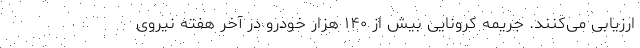
ارزیابی می‌کنند. جریمه کرونایی بیش از ۱۴۰ هزار خودرو در آخر هفته نیروی